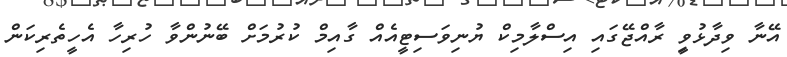
އޭނާ ވިދާޅުވިީ ރާއްޖޭގައި އިސްލާމިކް ޔުނިވަސިޓީއެއް ގާއިމް ކުރުމަށް ބޭނުންވާ ހުރިހާ އެހީތެރިކަން